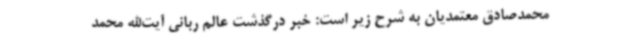
محمدصادق معتمدیان به شرح زیر است: خبر درگذشت عالم ربانی آیت‌الله محمد